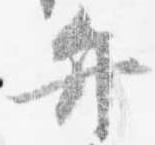
弁